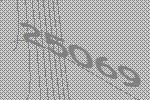
25069